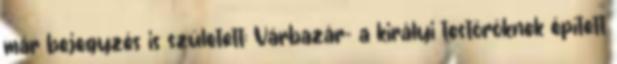
már bejegyzés is született: Várbazár- a királyi testőröknek épített